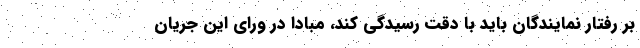
بر رفتار نمایندگان باید با دقت رسیدگی کند، مبادا در ورای این جریان